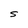
Character: S